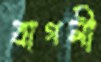
বাগলী